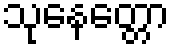
သုနေတ္တော